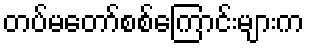
တပ်မတော်စစ်ကြောင်းများက